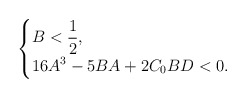
\begin{align*}\begin{cases}\displaystyle B<\frac{1}{2},\\\displaystyle 16A^3 -5BA +2C_0 BD <0.\end{cases}\end{align*}